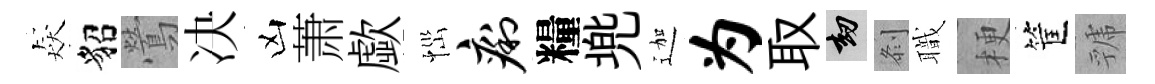
猋貂鶯决凶萧歔𢙉痢糧兠迦为取劫𠛴職梗筐虢